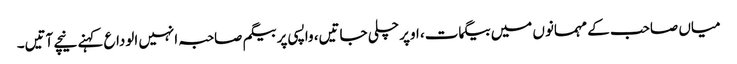
میاں صاحب کے مہمانوں میں بیگمات، اوپر چلی جاتیں، واپسی پر بیگم صاحبہ انہیں الوداع کہنے نیچے آتیں۔